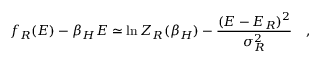
f _ { R } ( E ) - \beta _ { H } E \simeq \ln Z _ { R } ( \beta _ { H } ) - { \frac { ( E - E _ { R } ) ^ { 2 } } { \sigma _ { R } ^ { 2 } } } ~ ~ ~ ,